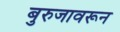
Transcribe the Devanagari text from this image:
बुरुजावरून